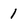
Character: 1